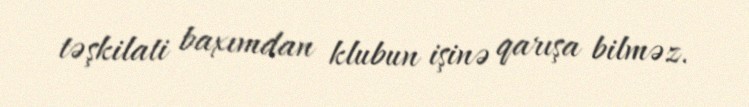
təşkilati baxımdan klubun işinə qarışa bilməz.